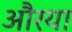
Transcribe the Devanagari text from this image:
औरया